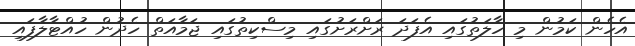
އެހެން ކަމުން މި ހާލަތުގައި އެފަދަ ރަށްރަށުގައި މިސްކިތުގައި ޖަމާއަތް ހެދުން ހުއްޓާލާފައި